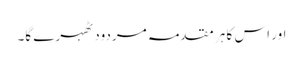
اور اس کا ہر مقدمہ مردود ٹھہرے گا۔